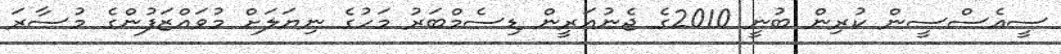
ސީއެސްސީން ކުރިން ބުނީ 2010ގެ ޖެނުއަރީން ޑިސެމްބަރު މަހުގެ ނިޔަލަށް މުވައްޒަފުންގެ މުސާރަ